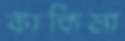
কাকিমা